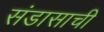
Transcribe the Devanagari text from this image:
संडासाची